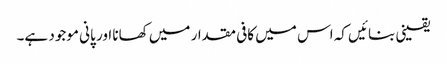
یقینی بنائیں کہ اس میں کافی مقدار میں کھانا اور پانی موجود ہے۔